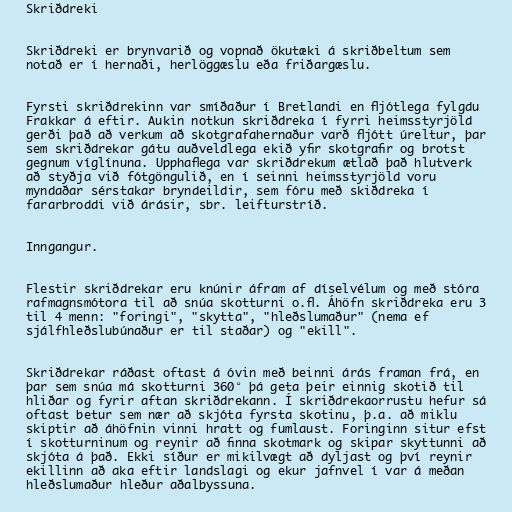
Skriðdreki

Skriðdreki er brynvarið og vopnað ökutæki á skriðbeltum sem
notað er í hernaði, herlöggæslu eða friðargæslu.

Fyrsti skriðdrekinn var smíðaður í Bretlandi en fljótlega fylgdu
Frakkar á eftir. Aukin notkun skriðdreka í fyrri heimsstyrjöld
gerði það að verkum að skotgrafahernaður varð fljótt úreltur, þar
sem skriðdrekar gátu auðveldlega ekið yfir skotgrafir og brotst
gegnum víglínuna. Upphaflega var skriðdrekum ætlað það hlutverk
að styðja við fótgöngulið, en í seinni heimsstyrjöld voru
myndaðar sérstakar bryndeildir, sem fóru með skiðdreka í
fararbroddi við árásir, sbr. leifturstríð.

Inngangur.

Flestir skriðdrekar eru knúnir áfram af díselvélum og með stóra
rafmagnsmótora til að snúa skotturni o.fl. Áhöfn skriðdreka eru 3
til 4 menn: "foringi", "skytta", "hleðslumaður" (nema ef
sjálfhleðslubúnaður er til staðar) og "ekill".

Skriðdrekar ráðast oftast á óvin með beinni árás framan frá, en
þar sem snúa má skotturni 360° þá geta þeir einnig skotið til
hliðar og fyrir aftan skriðdrekann. Í skriðdrekaorrustu hefur sá
oftast betur sem nær að skjóta fyrsta skotinu, þ.a. að miklu
skiptir að áhöfnin vinni hratt og fumlaust. Foringinn situr efst
í skotturninum og reynir að finna skotmark og skipar skyttunni að
skjóta á það. Ekki síður er mikilvægt að dyljast og því reynir
ekillinn að aka eftir landslagi og ekur jafnvel í var á meðan
hleðslumaður hleður aðalbyssuna.